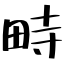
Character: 畤